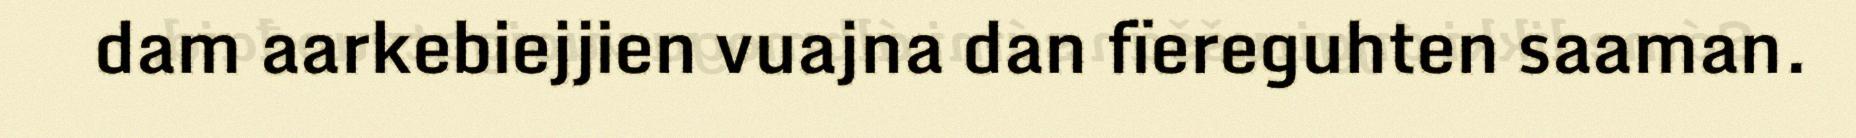
dam aarkebiejjien vuajna dan fïereguhten saaman.